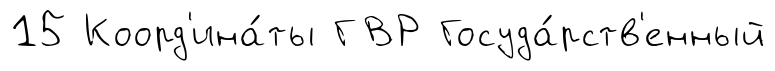
15 Коорд'ина́ты ГВР Госуда́рств'енный